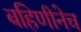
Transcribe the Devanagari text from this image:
बहिणीनेच